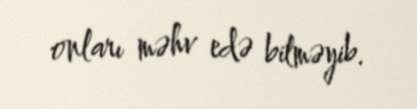
onları məhv edə bilməyib.